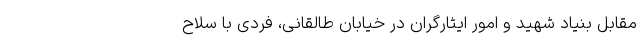
مقابل بنیاد شهید و امور ایثارگران در خیابان طالقانی، فردی با سلاح